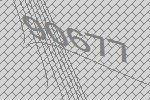
90677